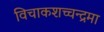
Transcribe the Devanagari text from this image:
विचाकशच्चन्द्रमा